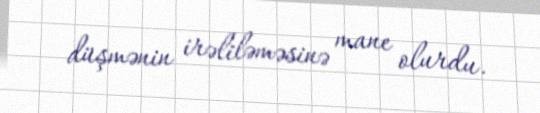
düşmənin irəliləməsinə mane olurdu.